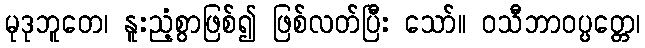
မုဒုဘူတေ၊ နူးညံ့စွာဖြစ်၍ ဖြစ်လတ်ပြီး သော်။ ဝသီဘာဝပ္ပတ္တေ၊